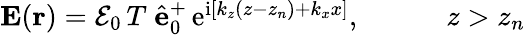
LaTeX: \begin{array}{r}{{\mathbf E}({\mathbf r})=\mathcal{E}_{0}\, T\; \hat{\mathbf e}_{0}^{+}\, \mathrm{e}^{\mathrm{i}[k_{z}(z-z_{n})+k_{x}x]},\quad\quad\quad z>z_{n}}\end{array}